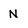
Character: N